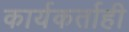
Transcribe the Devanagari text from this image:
कार्यकर्ताही